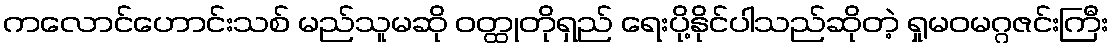
ကလောင်ဟောင်းသစ် မည်သူမဆို ဝတ္ထုတိုရှည် ရေးပို့နိုင်ပါသည်ဆိုတဲ့ ရှုမဝမဂ္ဂဇင်းကြီး